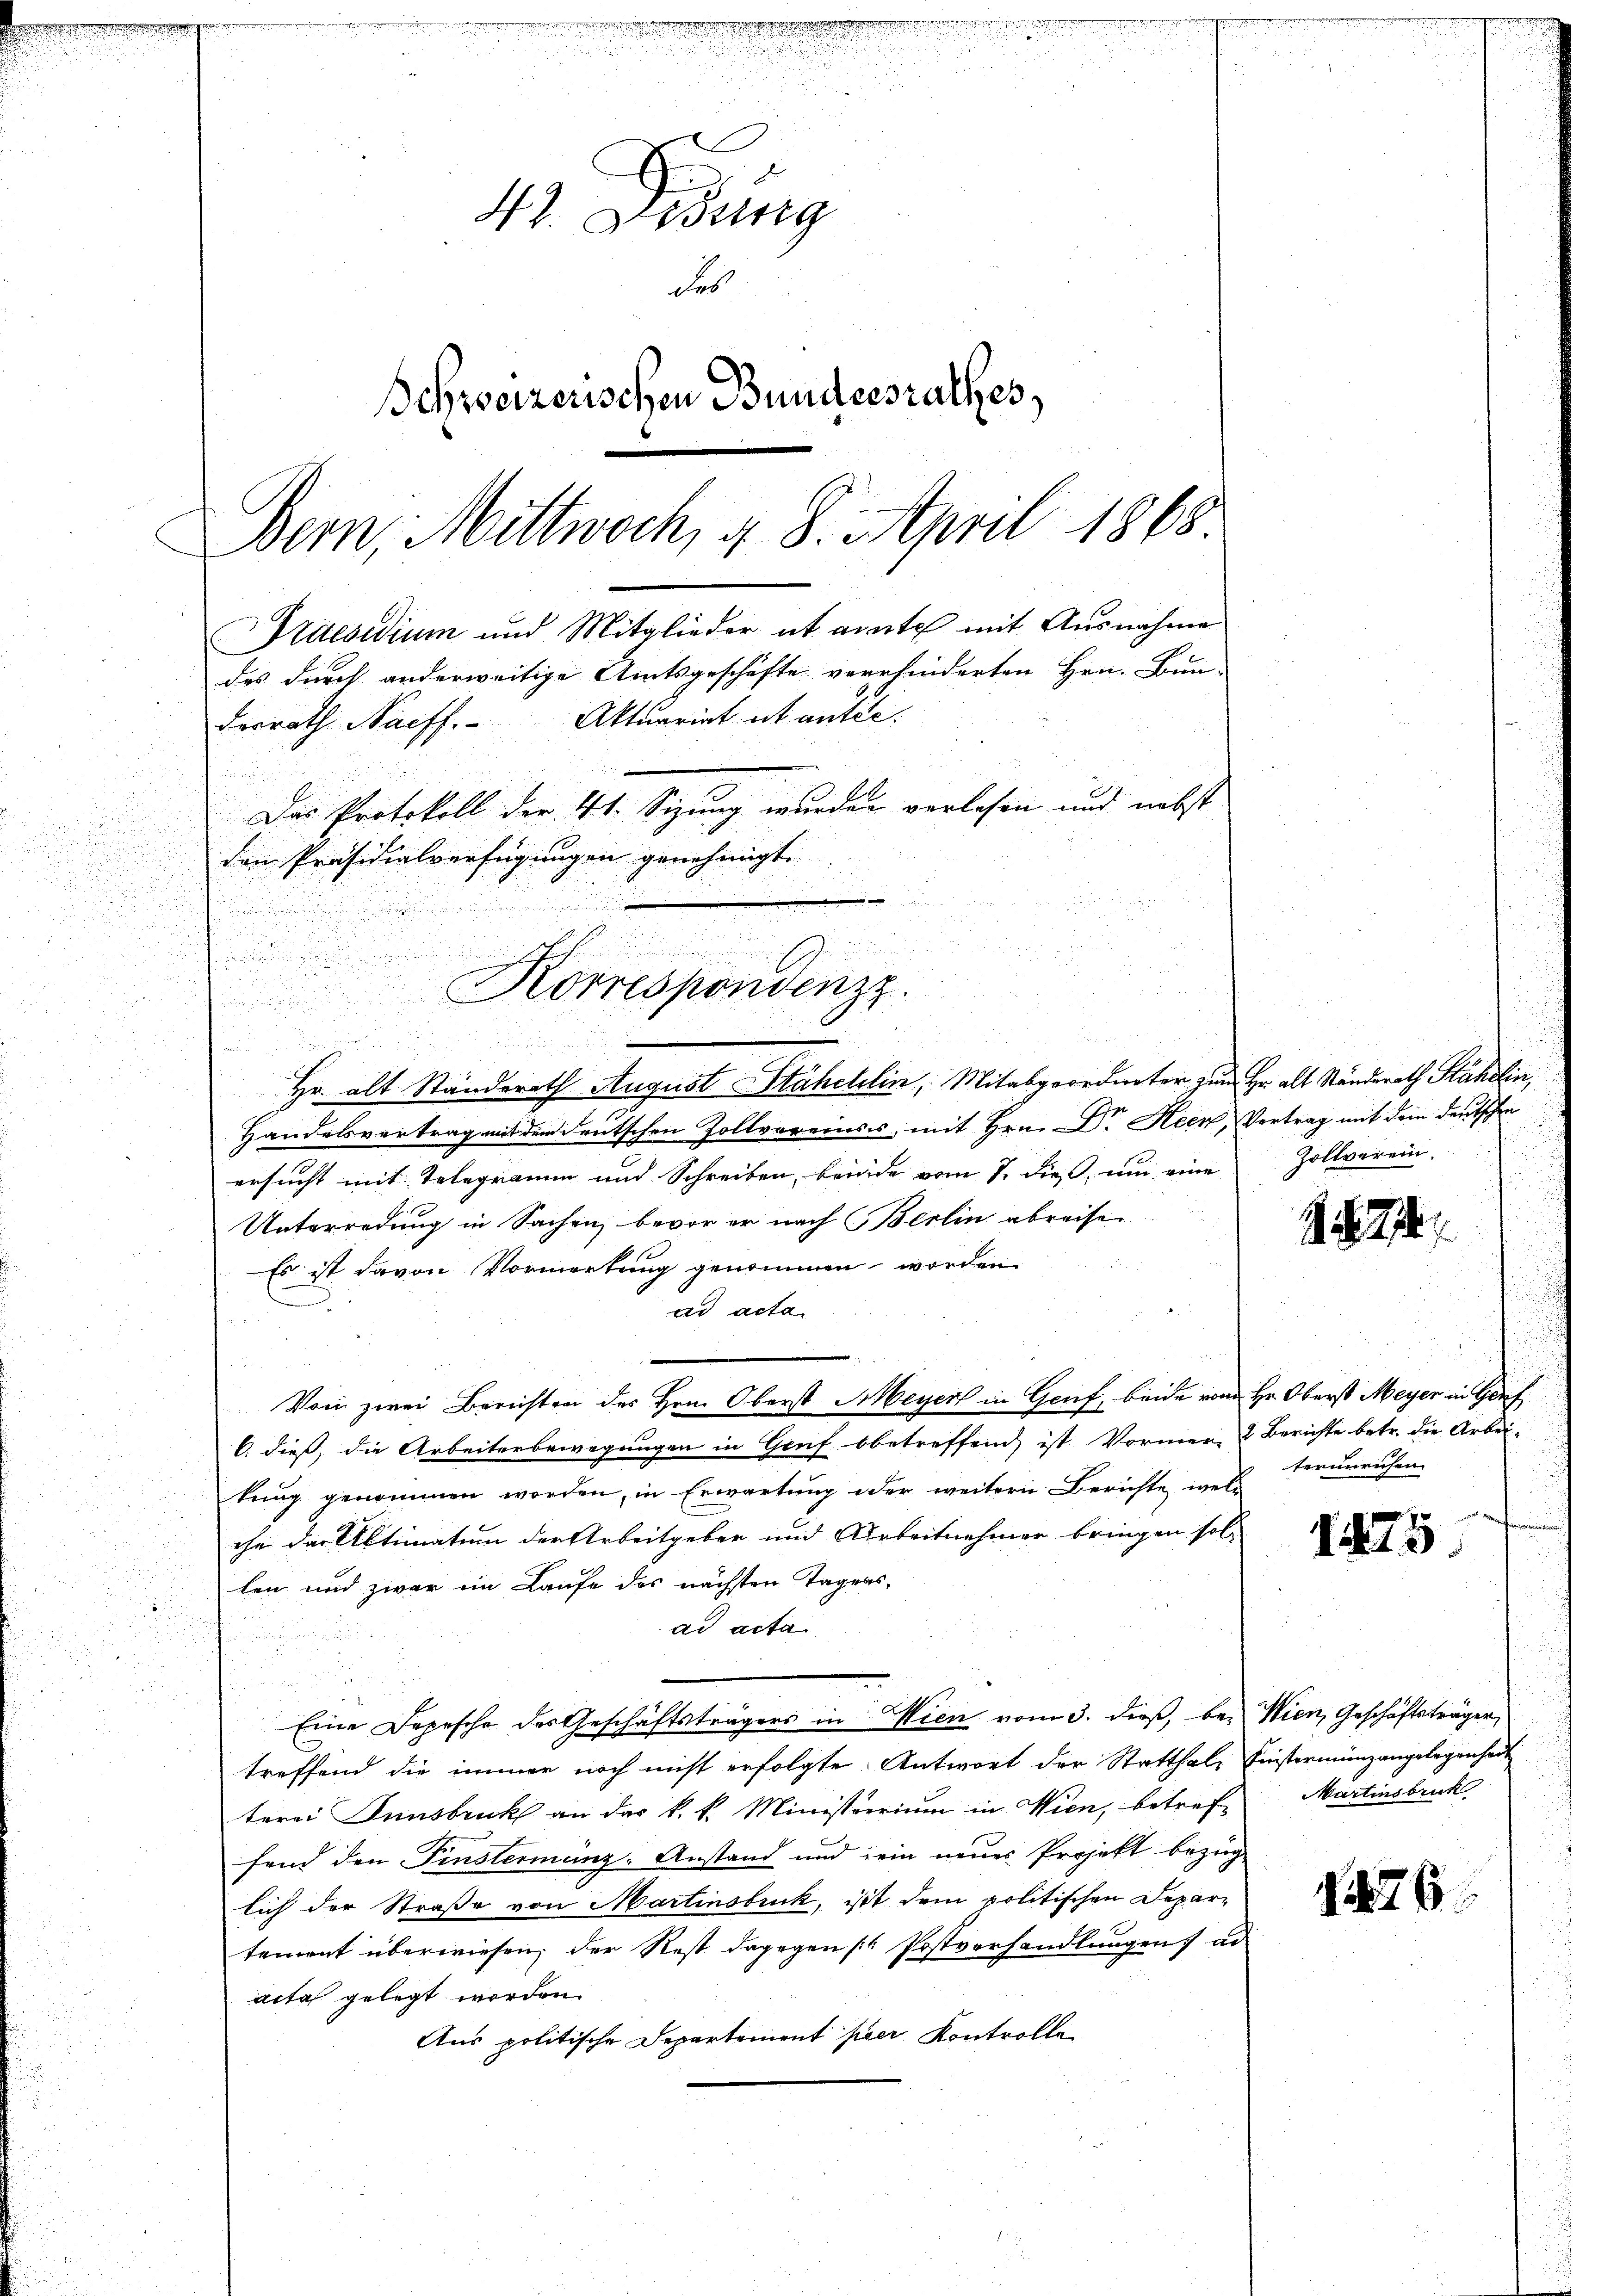
u

n
.

42. Dibung
des
chweizerischen Bundesrathes
Bern, Mittwoch, d. 8. April 1868.
Praesidium und Mitglieder ab ante mit Ausnahme
des durch anderweitige Amtsgeschäfte verhinderten Hrn. Bun-
derrath Naeff. Aktuariat ut anter.
Das Protokoll der 41. Sizung wurden verlesen und nebst
den Präsidialverfügungen genehmigt.
.

u
Hr. alt Ständerath August Stähellin, Mitabgeordneter zum
Handelsvertrag mit dem deutschen Zollvereinses, mit Hrn. Dr. Heer,
ersucht mit Telegramm und Schreiben, beide vom 7. dieß, um eine
Unterredung in Sachen, bevor er nach Berlin abreise
Es ist davon Vormerkung genommen worden
n
ad acta
Von zwei Berichten der Hrn. Oberst Meyer in Genf, beide vom
C. dieß, die Arbeiterbewegungen in Genf bbetreffend ist Vormer-
kung genommen worden, in Erwartung oder weitern Berichte, wel-
ihe der Aktimatum der Arbeitgeben und Arbeitnehmer bringen sol-
len und zwar im Laufe des nächsten Tagess
ad acta
Eine Depesche des Geschäftsträgers in Wien vom 3. dieß, be- Wien, Geschäftsträger,
treffend die immer noch nicht erfolgte Antwort der Statthale Einstermingangelegenheit
terei Innsbruck an das k. k. Ministerrium in Wien, betref Martinsbruck
fend den Finstermänz-Anstand und ein neues Projekt bezug
lich der Straße von Martinsbuck, ist dem politischen Departement überwiesen, der Rest dagegen (Postverhandlungen al
acta gelegt worden.
Aus politische Departement per Kontrolle

e
u

u
Korrespondenzz
d

dahin einen

Hr alt Ständerath Stähelin,
Vertrag mit dein deutschen
Zollverein.

1874

u. Hr. Oberst Meyer in Genf
2. Berichte betr. die Arbeiterunrichen

175

1876